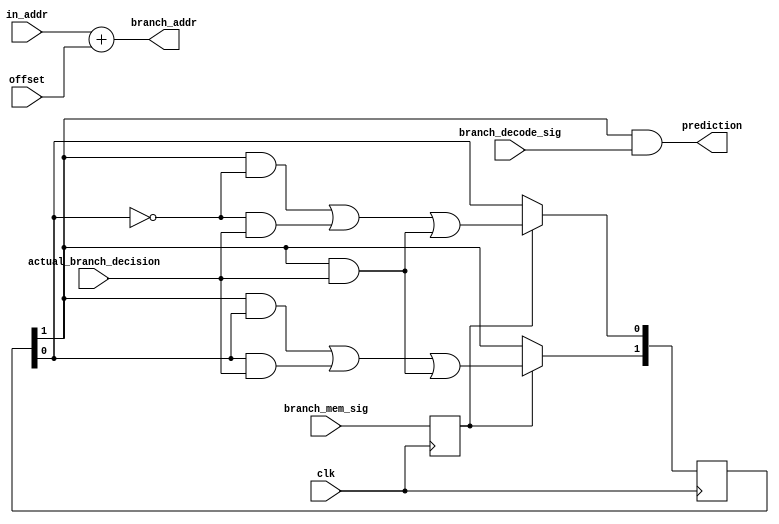
/*
	Authored 2018-2019, Ryan Voo.

	All rights reserved.
	Redistribution and use in source and binary forms, with or without
	modification, are permitted provided that the following conditions
	are met:

	*	Redistributions of source code must retain the above
		copyright notice, this list of conditions and the following
		disclaimer.

	*	Redistributions in binary form must reproduce the above
		copyright notice, this list of conditions and the following
		disclaimer in the documentation and/or other materials
		provided with the distribution.

	*	Neither the name of the author nor the names of its
		contributors may be used to endorse or promote products
		derived from this software without specific prior written
		permission.

	THIS SOFTWARE IS PROVIDED BY THE COPYRIGHT HOLDERS AND CONTRIBUTORS
	"AS IS" AND ANY EXPRESS OR IMPLIED WARRANTIES, INCLUDING, BUT NOT
	LIMITED TO, THE IMPLIED WARRANTIES OF MERCHANTABILITY AND FITNESS
	FOR A PARTICULAR PURPOSE ARE DISCLAIMED. IN NO EVENT SHALL THE
	COPYRIGHT OWNER OR CONTRIBUTORS BE LIABLE FOR ANY DIRECT, INDIRECT,
	INCIDENTAL, SPECIAL, EXEMPLARY, OR CONSEQUENTIAL DAMAGES (INCLUDING,
	BUT NOT LIMITED TO, PROCUREMENT OF SUBSTITUTE GOODS OR SERVICES;
	LOSS OF USE, DATA, OR PROFITS; OR BUSINESS INTERRUPTION) HOWEVER
	CAUSED AND ON ANY THEORY OF LIABILITY, WHETHER IN CONTRACT, STRICT
	LIABILITY, OR TORT (INCLUDING NEGLIGENCE OR OTHERWISE) ARISING IN
	ANY WAY OUT OF THE USE OF THIS SOFTWARE, EVEN IF ADVISED OF THE
	POSSIBILITY OF SUCH DAMAGE.
*/



/*
 *		Branch Predictor FSM
 */

module branch_predictor(
		clk,
		actual_branch_decision,
		branch_decode_sig,
		branch_mem_sig,
		in_addr,
		offset,
		branch_addr,
		prediction
	);

	/*
	 *	inputs
	 */
	input		clk;
	input		actual_branch_decision;
	input		branch_decode_sig;
	input		branch_mem_sig;
	input [31:0]	in_addr;
	input [31:0]	offset;

	/*
	 *	outputs
	 */
	output [31:0]	branch_addr;
	output		prediction;

	/*
	 *	internal state
	 */
	reg [1:0]	s;

	reg		branch_mem_sig_reg;

	/*
	 *	The `initial` statement below uses Yosys's support for nonzero
	 *	initial values:
	 *
	 *		https://github.com/YosysHQ/yosys/commit/0793f1b196df536975a044a4ce53025c81d00c7f
	 *
	 *	Rather than using this simulation construct (`initial`),
	 *	the design should instead use a reset signal going to
	 *	modules in the design and to thereby set the values.
	 */
	initial begin
		s = 2'b00;
		branch_mem_sig_reg = 1'b0;
	end

	always @(negedge clk) begin
		branch_mem_sig_reg <= branch_mem_sig;
	end

	/*
	 *	Using this microarchitecture, branches can't occur consecutively
	 *	therefore can use branch_mem_sig as every branch is followed by
	 *	a bubble, so a 0 to 1 transition
	 */
	always @(posedge clk) begin
		if (branch_mem_sig_reg) begin
			s[1] <= (s[1]&s[0]) | (s[0]&actual_branch_decision) | (s[1]&actual_branch_decision);
			s[0] <= (s[1]&(!s[0])) | ((!s[0])&actual_branch_decision) | (s[1]&actual_branch_decision);
		end
	end

	assign branch_addr = in_addr + offset;
	assign prediction = s[1] & branch_decode_sig;
endmodule